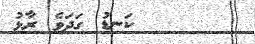
ކަނޑު ގަދަވެ ރާޅު